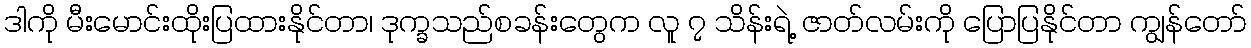
ဒါကို မီးမောင်းထိုးပြထားနိုင်တာ၊ ဒုက္ခသည်စခန်းတွေက လူ ၇ သိန်းရဲ့ ဇာတ်လမ်းကို ပြောပြနိုင်တာ ကျွန်တော်